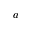
a